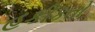
હકીકતો